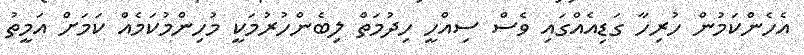
އެހެންކަމުން ހުރިހާ ގަޑިއެއްގައި ވެސް ސިއްހީ ހިދުމަތް ލިބެންހުރުމަކީ މުހިންމުކަމެއް ކަމަށް އަމީތު